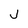
Character: J